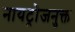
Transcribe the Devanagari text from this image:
नायट्रोजनुक्त